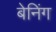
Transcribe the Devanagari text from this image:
बेनिंग